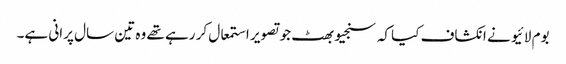
بوم لائیو نے انکشاف کیا کہ سنجیو بھٹ جو تصویر استمعال کر رہے تھے وہ تین سال پرانی ہے۔